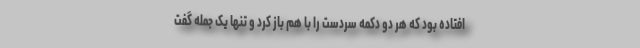
افتاده بود که هر دو دکمه سردست را با هم باز کرد و تنها یک جمله گفت